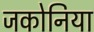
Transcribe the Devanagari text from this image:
जकोनिया